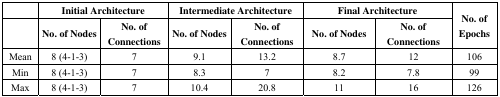
|  | <COLSPAN=2> Initial Architecture | <COLSPAN=2> Intermediate Architecture | <COLSPAN=2> Final Architecture | <ROWSPAN=2> No. of Epochs |
 |  | No. of Nodes | No. of Connections | No. of Nodes | No. of Connections | No. of Nodes | No. of Connections |
 | --- | --- | --- | --- | --- | --- | --- | --- |
 | Mean | 8 (4-1-3) | 7 | 9.1 | 13.2 | 8.7 | 12 | 106 |
 | Min | 8 (4-1-3) | 7 | 8.3 | 7 | 8.2 | 7.8 | 99 |
 | Max | 8 (4-1-3) | 7 | 10.4 | 20.8 | 11 | 16 | 126 |